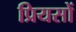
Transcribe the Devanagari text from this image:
प्रियसों